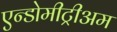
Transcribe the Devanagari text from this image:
एन्डोमीट्रीअम